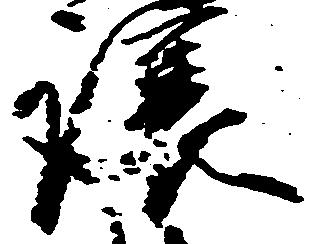
譲